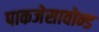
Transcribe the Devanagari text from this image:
पाकजेसावोन्ड